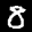
Label: 8